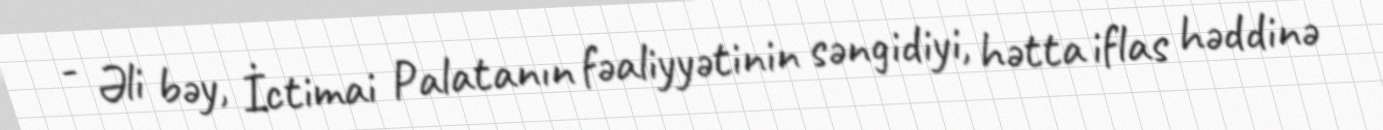
- Əli bəy, İctimai Palatanın fəaliyyətinin səngidiyi, hətta iflas həddinə